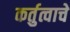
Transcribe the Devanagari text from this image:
कर्तुत्वाचे